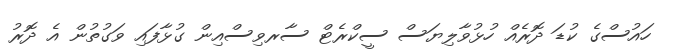
ހައުސްގެ ކުޑަ ދޮރެއް ހުޅުވާލިޔަސް ސީކްރެޓް ސާރވިސްއިން ގުޅާފައި ވަގުތުން އެ ދޮރު